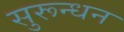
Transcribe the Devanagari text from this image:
सुरून्धन